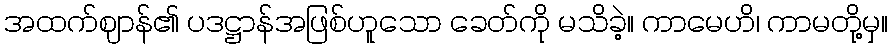
အထက်ဈာန်၏ ပဒဋ္ဌာန်အဖြစ်ဟူသော ခေတ်ကို မသိခဲ့။ ကာမေဟိ၊ ကာမတို့မှ။